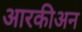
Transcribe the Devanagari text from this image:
आरकीअन